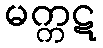
မက္ကဋ